Madras marine plague regulations
Disease focus: Plague
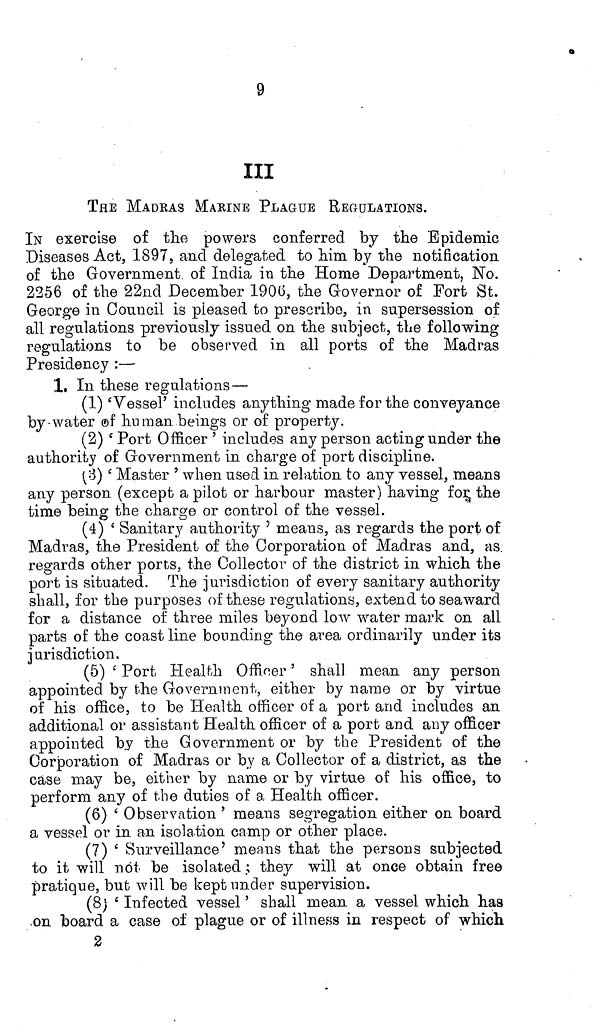
9
III
THE MADRAS MARINE PLAGUE REGULATIONS.
IN exercise of the powers conferred by the Epidemic
Diseases Act, 1897, and delegated to him by the notification
of the Government, of India in the Home Department, No.
2256 of the 22nd December 1906, the Governor of Fort St.
George in Council is pleased to prescribo, in supersession of
all regulations previously issued on the subject, the following
regulations to be observed in all ports of the Madras
Presidency:—
1. In these regulations—
(1) 'Vessel' includes anything made for the conveyance
by-water of human beings or of property.
(2) 'Port Officer' includes any person acting under the
authority of Government in charge of port discipline.
(3) 'Master' when used in relation to any vessel, means
any person (except a pilot or harbour master) having for the
time being the charge or control of the vessel.
(4) 'Sanitary authority' means, as regards the port of
Madras, the President of the Corporation of Madras and, as.
regards other ports, the Collector of the district in which the
port is situated. The jurisdiction of every sanitary authority
shall, for the purposes of these regulations, extend to seaward
for a distance of three miles beyond low water mark on all
parts of the coast line bounding the area ordinarily under its
jurisdiction.
(5) 'Port Health Officer' shall mean any person
appointed by the Government, either by name or by virtue
of his office, to be Health officer of a port and includes an
additional or assistant Health officer of a port and any officer
appointed by the Government or by the President of the
Corporation of Madras or by a Collector of a district, as the
case may be, either by name or by virtue of his office, to
perform any of the duties of a Health officer.
(6) 'Observation' means segregation either on board
a vessel or in an isolation camp or other place.
(7) 'Surveillance' means that the persons subjected
to it will not be isolated; they will at once obtain free
pratique, but will be kept under supervision.
(8) 'Infected vessel' shall mean a vessel which has
on board a case of plague or of illness in respect of which
2